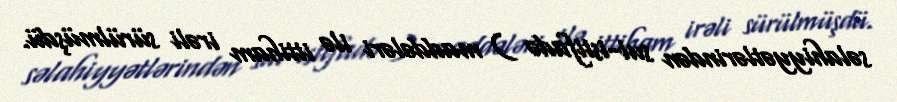
səlahiyyətlərindən sui-istifadə ) maddələri ilə ittiham irəli sürülmüşdü.